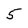
Character: 5